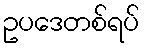
ဥပဒေတစ်ရပ်